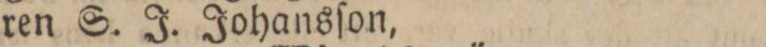
ren S. J. Johansſon,